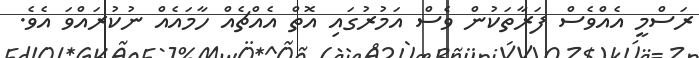
ރަސްމީ އެއްވެސް ފަރާތަކުން ވެސް އަމުރުގައި އޮތް އެއްޗެއް ހާމައެއް ނުކުރައްވަ އެވެ.